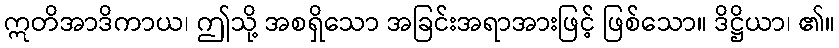
ဣတိအာဒိကာယ၊ ဤသို့ အစရှိသော အခြင်းအရာအားဖြင့် ဖြစ်သော။ ဒိဋ္ဌိယာ၊ ၏။